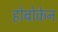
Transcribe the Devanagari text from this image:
होबोकेन